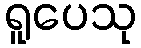
ရူပေသု